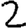
Digit: 2